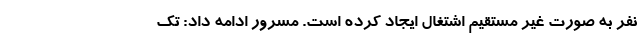
نفر به صورت غیر مستقیم اشتغال ایجاد کرده است. مسرور ادامه داد: تک